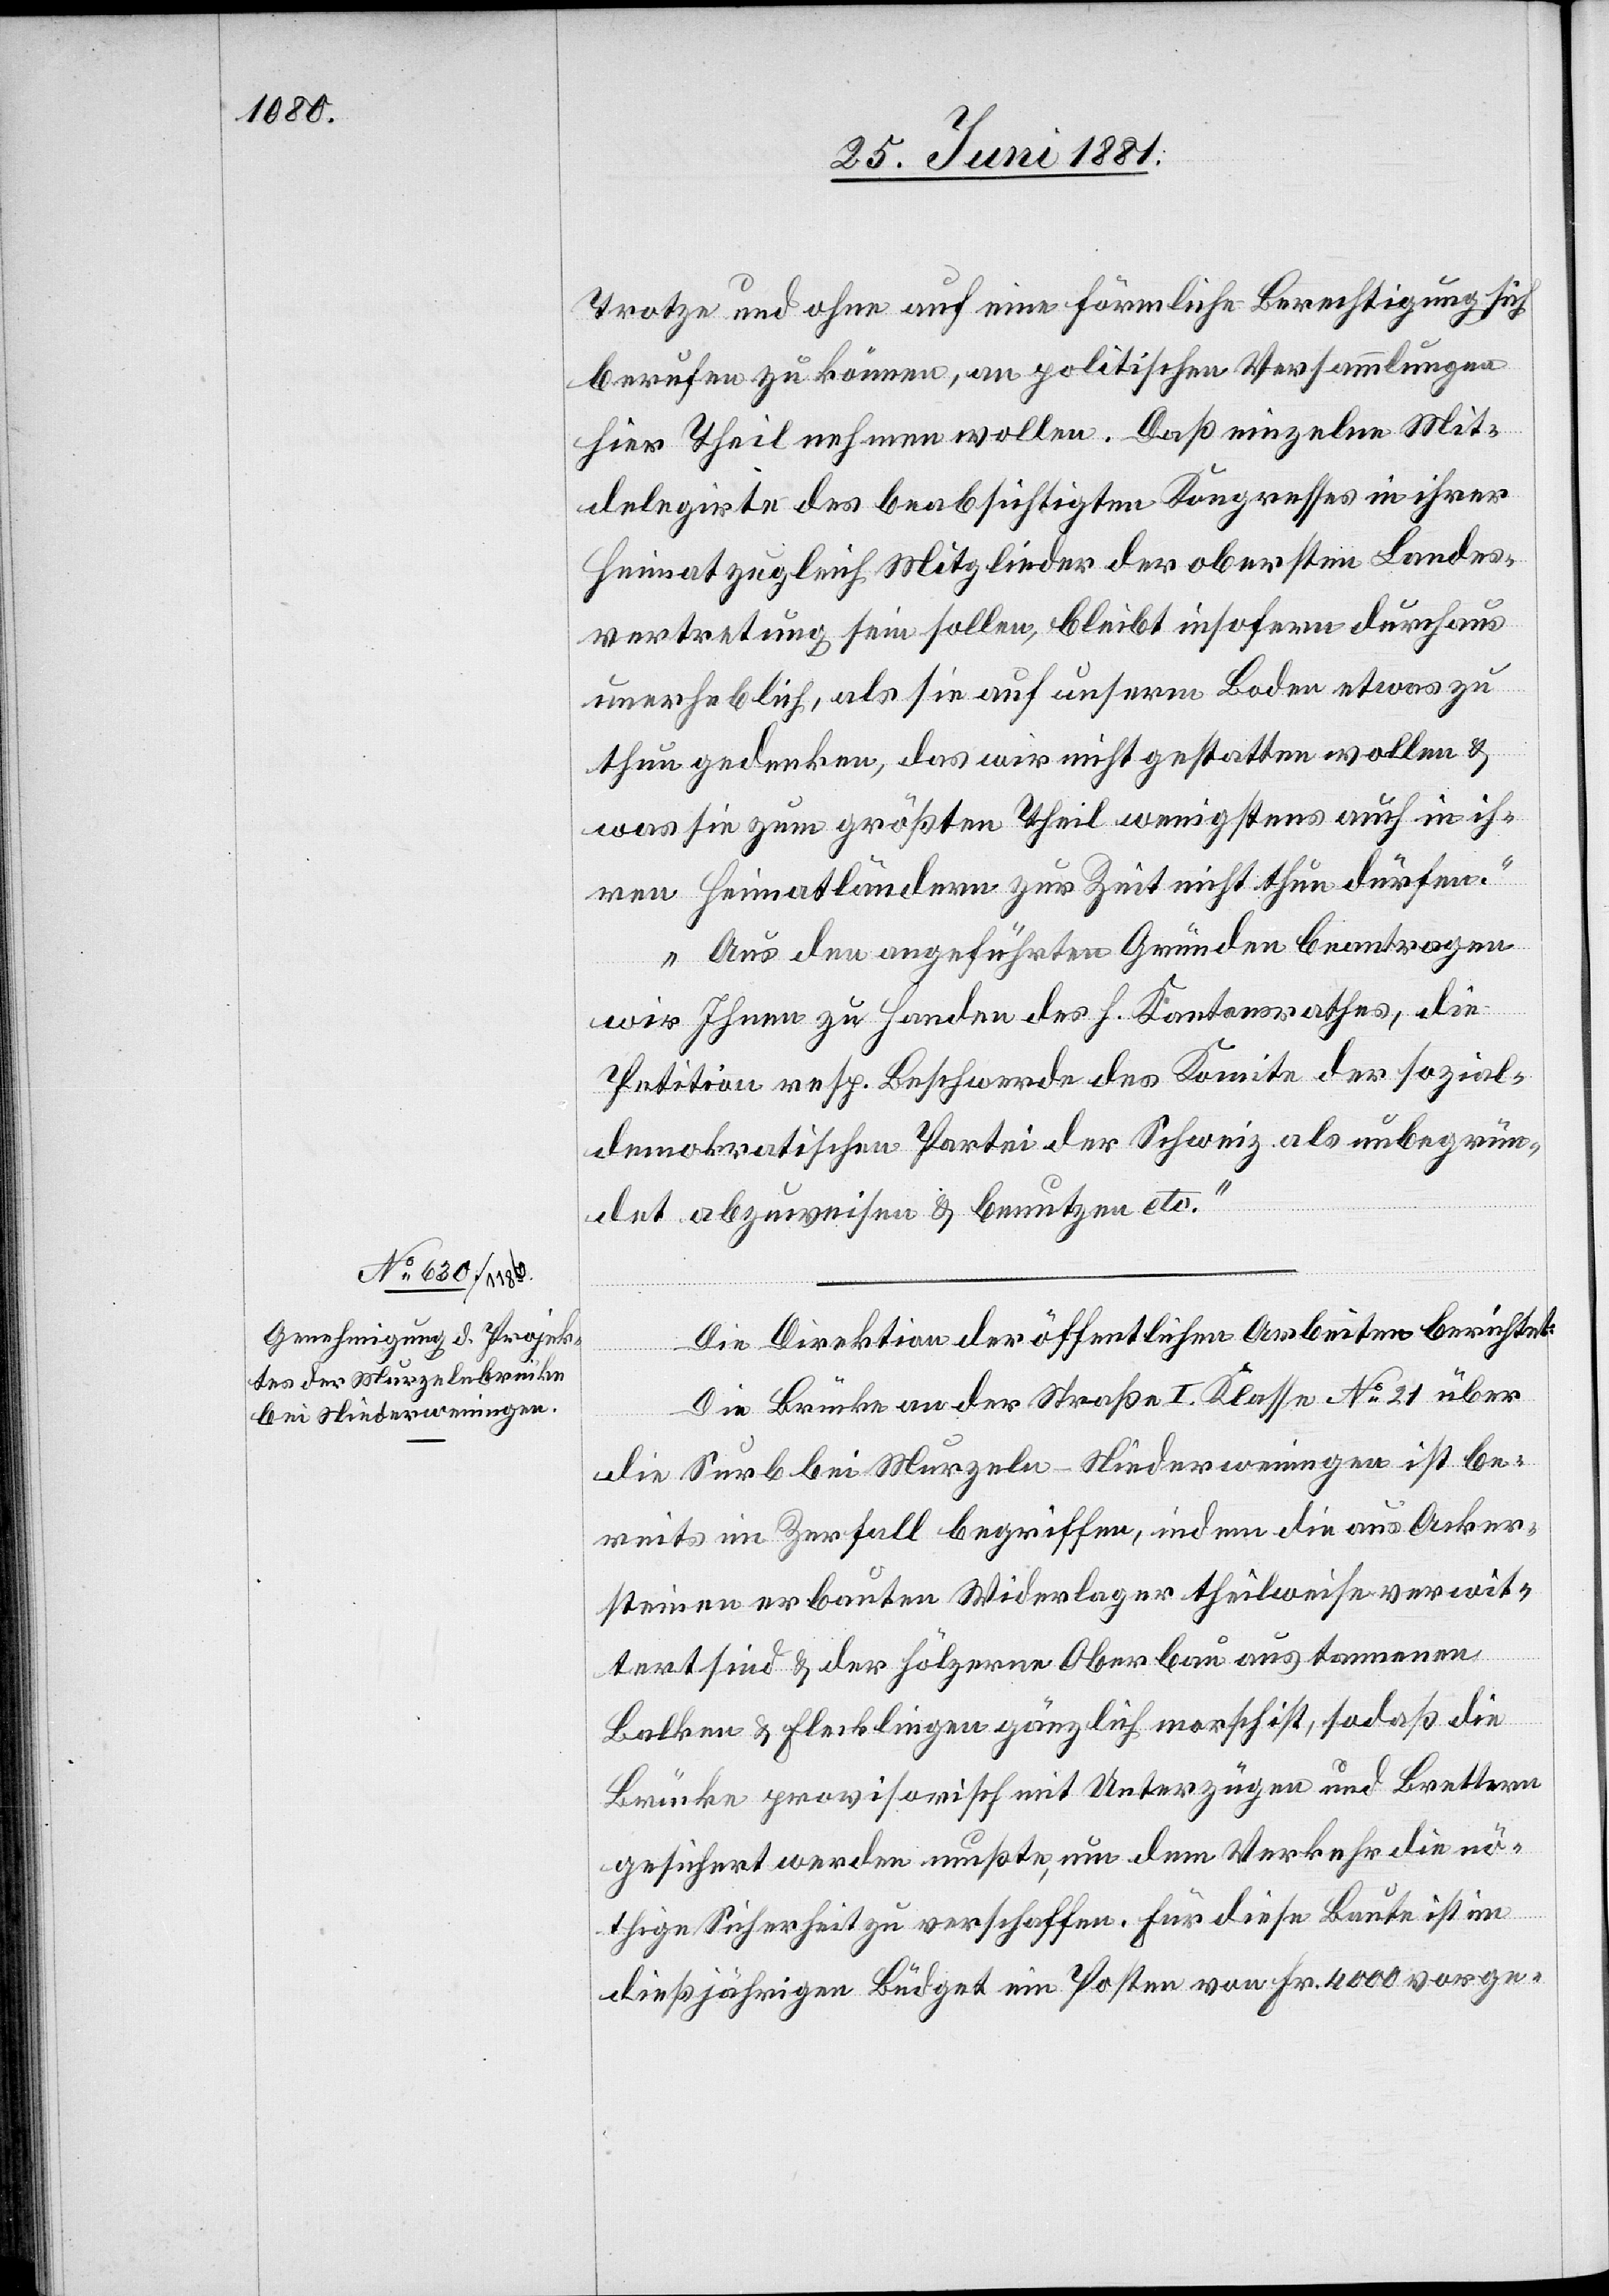
Trotze und ohne auf eine förmliche Berechtigung sich
berufen zu können, an politischen Versammlungen
hier theilnehmen wollen. Daß einzelne Mit¬
delegirte des beabsichtigen Kongresses in ihrer
Heimat zugleich Mitglieder der obersten Landes¬
vertretung sein sollen, bleibt insofern durchaus
unerheblich, als sie auf unserm Boden etwas zu
thun gedenken, das wir nicht gestatten wollen &
was sie zum größten Theil wenigstens auch in ih¬
ren Heimatländern zur Zeit nicht thun dürfen.
Aus den angeführten Gründen beantragen
wir Ihnen zu Handen des h. Kantonsrathes, die
Petition resp. Beschwerde des Komitee der sozial¬
demokratischen Partei der Schweiz als unbegrün¬
det abzuweisen & benutzen etc.“
Die Direktion der öffentlichen Arbeiten berichtet:
Die Brücke an der Straße I. Klasse No 21 über
die Surb bei Murzeln - Niederweningen ist be¬
reits im Zerfall begriffen, indem die aus Anker¬
steinen erbauten Widerlager theilweise verwit¬
tert sind & der hölzerne Oberbau aus tannenen
Balken & Flecklingen gänzlich morsch ist, sodaß die
Brücke provisorisch mit Unterzügen und Brettern
gesichert werden mußten, um dem Verkehr die nö¬
thige Sicherheit zu verschaffen. Für diese Baute ist im
dießjährigen Büdget ein Posten von Fr. 4000 vorge-